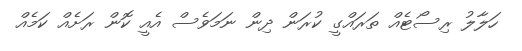
ހަލާލު ރިސޯޓެއް ތަރައްގީ ކުރަން ދިން ނަމަވެސް އެއީ ކޮން ރަށެއް ކަމެއް